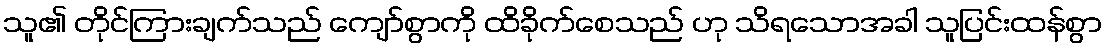
သူ၏ တိုင်ကြားချက်သည် ကျော်စွာကို ထိခိုက်စေသည် ဟု သိရသောအခါ သူပြင်းထန်စွာ